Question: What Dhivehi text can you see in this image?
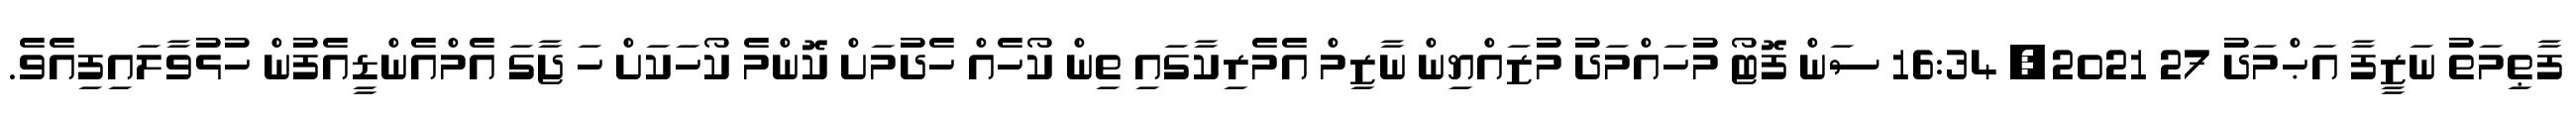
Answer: ފާޠިމަތު ނަޒީފާ އަޙްމަދު 27 2021, 16:34 ސަން ފޮޓޯ މުހައްމަދު މުޒައްޔިން ނާޒިމް އެމެރިކާގައި ތިން ކޯހެއް ހެދުމަށް ކޮންމެ ކޯހަކަށް ހަ ޖާގަ އެމްއެންޑީއެފުން ހުޅުވާލައިފިއެވެ.